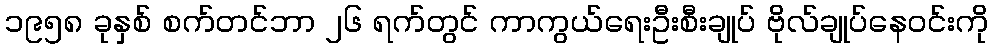
၁၉၅၈ ခုနှစ် စက်တင်ဘာ ၂၆ ရက်တွင် ကာကွယ်ရေးဦးစီးချုပ် ဗိုလ်ချုပ်နေဝင်းကို